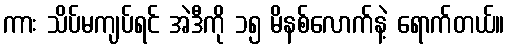
ကား သိပ်မကျပ်ရင် အဲဒီကို ၁၅ မိနစ်လောက်နဲ့ ရောက်တယ်။